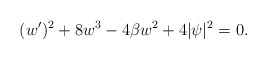
\begin{align*}(w^{\prime})^2+8w^3-4 \beta w^2 +4|\psi|^2=0.\end{align*}